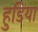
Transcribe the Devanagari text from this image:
हुडिया